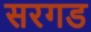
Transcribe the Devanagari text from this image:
सरगड